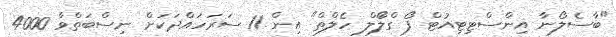
"ބާސެލޯނާ އިންސްޓިޓިއުޓް ފޯ ގްލޯަލް ހެލްތް" އިން 11 ސަރަހައްދަކަށް ނިސްބަތްވާ 4000